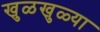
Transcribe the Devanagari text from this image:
खुळखुळ्या